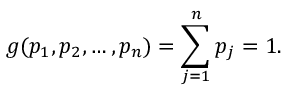
g ( p _ { 1 } , p _ { 2 } , \ldots , p _ { n } ) = \sum _ { j = 1 } ^ { n } p _ { j } = 1 .